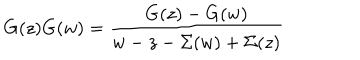
G ( z ) G ( w ) = { \frac { G ( z ) - G ( w ) } { w - z - \Sigma ( w ) + \Sigma ( z ) } }